Vaccination in Bombay 1913-1923 - 1913-1923
Year: 1913
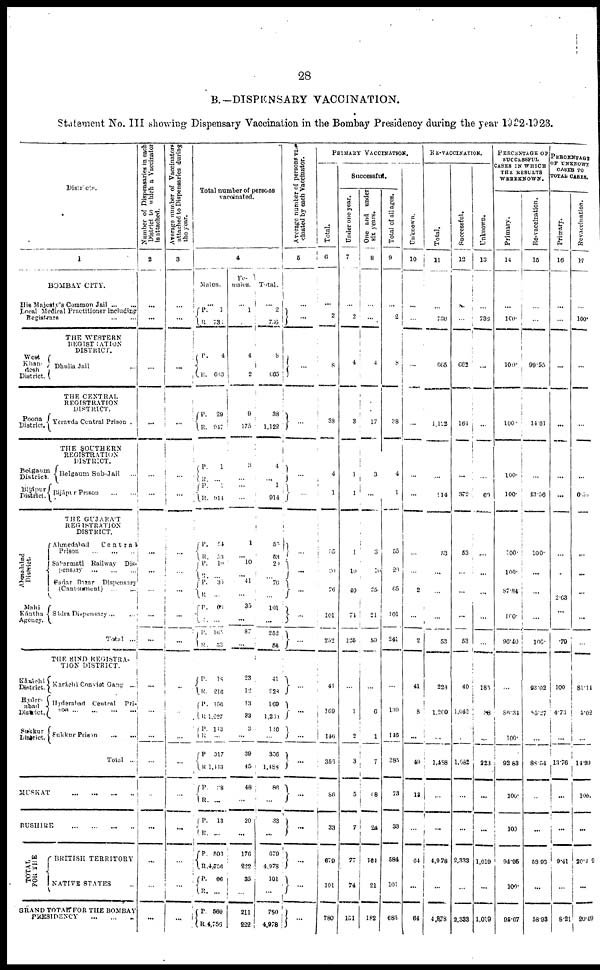
28
B.—DISPENSARY VACCINATION.
Statement No. III showing Dispensary Vaccination in the Bombay Presidency during the year 1922-1923.
Districts.
1
BOMBAY CITY.
His Majesty's Common Jail ... ...
Local Medical Practitioner including
Registrars
...
...
THE WESTERN
REGISTRATION
DISTRICT.
West
Khan¬
desh
District.
Dhulia Jail ...
THE CENTRAL
REGISTRATION
DISTRICT.
Poona
District.
Yeravda Central Prison .
THE SOUTHERN
REGISTRATION
DISTRICT.
Belgaum
District.
Bijápur
District.
Belgaum Sub-Jail ...
Bijápur Prison
...
...
THE GUJARÁT
REGISTRATION
DISTRICT.
Ahmedabad
District.
Mahi
Kántha
Agency.
Ahmedabad
Central
Prison
...
...
...
Sabarmati Railway Dis¬
pensary
...
...
...
Sadar Bazar
Dispensary
(Cantonment)
... ...
Sádra Dispensary ... ...
Total ...
THE SIND REGISTRA-
TION DISTRICT.
Káráchi
District.
Hyder¬
abad
District.
Sukkur
District.
Karáchi Conviot Gang ...
Hyderabad Central
Pri¬
son
...
...
...
...
Sukkur Prison
...
...
Total ...
MUSKAT
...
...
...
...
BUSHIER
...
...
...
...
TOTAL
FOR THE
BRITISH TERRITORY
NATIVE STATES ...
GRAND TOTAL FOR THE BOMBAY
PRESIDENCY ... ... ...
Number of Dispensaries in each
District to which a Vaccinator
is attached.
2
...
...
...
...
...
...
...
...
...
...
...
...
...
...
...
...
...
...
...
...
Average number of Vaccinators
attached to Dispensaries during
the year.
3
...
...
...
...
...
...
...
...
...
...
...
...
...
...
...
...
...
...
...
Total number of persons
vaccinated.
4
Males.
...
P.
R.
P.
R.
P.
R.
P.
R.
P.
R.
P.
R.
P.
R.
P.
R.
P.
R.
P.
R.
P.
R.
P.
R.
P.
R.
P.
R.
P.
R.
P.
R.
P.
R.
P.
R.
P.
R.
1
73;
4
663
20
947
1
... 1
914
54
53
10
...
35
...
66
...
165
53
18
216
156
1,227
113
...
317
1,413
28
...
13
...
503
4,756
66
...
569
4,756
Fe¬
males.
...
1
4
2
9
175
3
...
...
...
1
...
10
...
41
...
35
...
87
...
23
12
13
33
3
...
39
45
48
...
20
...
176
222
35
...
211
222
Total.
...
2
756
8
665
38
1,122
4
...
1
914
55
53
20
...
70
...
101
...
252
58
41
228
169
1,230
116
...
356
1,488
86
...
33
...
679
4,978
101
...
760
4,978
Average number of persons vac¬
cinated by each Vaccinator.
5
...
...
...
...
i
...
...
...
...
...
...
...
...
...
...
1
...
...
...
...
...
PRIMARY VACCINATION.
Total.
6
...
2
8
39
4
1
55
20
76
101
252
41
169
146
356
86
33
679
101
780
Successful.
Under one year.
7
...
2
4
3
1
1
1
10
40
74
125
...
1
2
3
5
7
77
74
151
One and under
six years.
8
...
...
4
17
3
...
3
10
25
21
59
...
6
1
7
68
24
161
21
182
Total of all ages.
9
...
2
8
38
4
1
55
20
65
101
241
...
139
146
285
73
33
584
101
685
Unknown.
10
...
...
...
...
...
...
...
...
2
...
2
41
8
...
49
13
...
64
...
64
RE-VACCINATION.
Total.
11
...
736
665
1, 122
...
914
53
...
...
...
53
228
1,260
...
1,488
...
...
4,978
...
4,978
Successful.
12
...
...
662
164
...
372
53
...
...
...
53
40
1,042
...
1,082
...
...
2,333
...
2,333
Unknown.
13
...
736
...
...
...
60
...
...
...
...
...
185
38
...
223
...
...
1,019
...
1,019
PERCENTAGE OF
SUCCESSFUL
CASES IN WHICH
THE RESULTS
WERE KNOWN.
Primary.
14
...
100.
100.
100.
100.
100.
100.
100.
87.84
100.
96.40
...
86.34
100.
92.83
100.
100
94.95
100.
95.67
Re-vaccination.
15
...
...
99.55
14.61
...
43.56
100.
...
...
...
100.
93.02
85.27
...
88.54
...
...
53.93
...
58.93
PERCENTAGE
OF UNKNOWN
CASES TO
TOTAL CASES.
Primary.
16
...
...
...
...
...
...
...
...
2.63
...
.79
100
4.73
...
13.76
...
...
9.41
...
8.21
Revaccination.
17
...
100.
...
...
...
6.55
...
...
...
...
...
81.14
5.02
...
14.99
100.
...
20.49
...
20.49